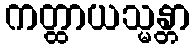
ကတ္ထာယသ္မန္တာ